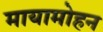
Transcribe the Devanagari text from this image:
मायामोहन